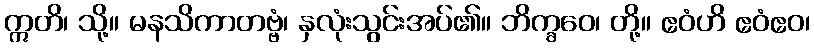
ဣတိ၊ သို့။ မနသိကာတဗ္ဗံ၊ နှလုံးသွင်းအပ်၏။ ဘိက္ခဝေ၊ တို့။ ဧဝံဟိ ဧဝံဧဝ၊